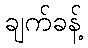
ချက်ခန့်